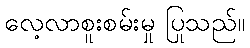
လေ့လာစူးစမ်းမှု ပြုသည်။